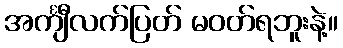
အင်္ကျီလက်ပြတ် မဝတ်ရဘူးနဲ့။